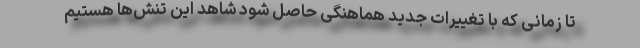
تا زمانی که با تغییرات جدید هماهنگی حاصل شود شاهد این تنش‌ها هستیم